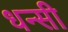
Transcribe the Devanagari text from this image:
धन्सी